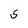
Character: S